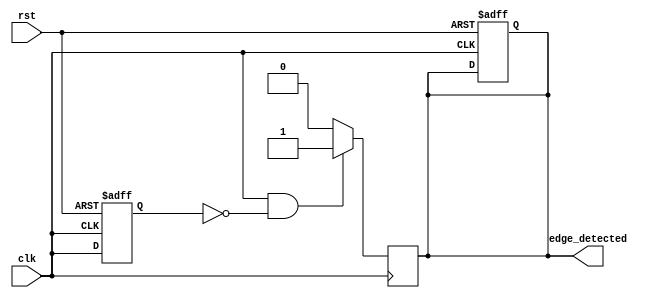
module edge_detector (
    input wire clk,              // Input signal to detect edges
    input wire rst,              // Asynchronous reset signal
    output reg edge_detected     // Output pulse for edge detection
);

    reg prev_clk;                // Register to hold the previous state of clk

    // D Flip-Flop to store the previous state of the input signal
    always @(posedge clk or posedge rst) begin
        if (rst) begin
            prev_clk <= 1'b0;     // Reset the previous state to 0
            edge_detected <= 1'b0; // Reset the edge detected output
        end else begin
            prev_clk <= clk;      // Store the current state of clk
        end
    end

    // Edge detection logic
    always @(posedge clk) begin
        if (clk && !prev_clk) begin
            edge_detected <= 1'b1; // Rising edge detected, set output high
        end else begin
            edge_detected <= 1'b0; // Reset output after one clock cycle
        end
    end

endmodule